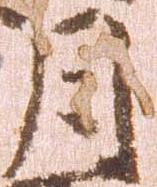
月